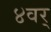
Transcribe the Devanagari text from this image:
४वर्